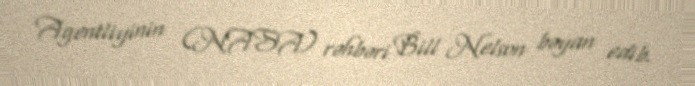
Agentliyinin (NASA) rəhbəri Bill Nelson bəyan edib.